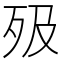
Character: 𣧉